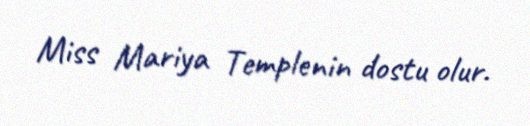
Miss Mariya Templenin dostu olur.